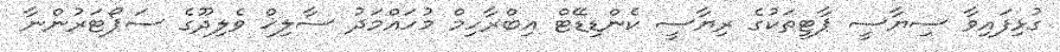
ގުޅިފައިވާ ސިޔާސީ ޕާޓީތަކުގެ ރިޔާސީ ކެންޑިޑޭޓް އިބްރާހިމް މުހައްމަދު ސާލިޚް ވެލިދޫގެ ސަޕޯޓަރުންނާ